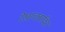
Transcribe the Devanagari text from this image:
रेखाच्छादित